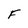
Character: F